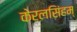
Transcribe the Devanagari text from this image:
केरलसिंहम्